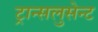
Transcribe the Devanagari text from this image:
ट्रान्सलुसेन्ट